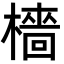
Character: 檣